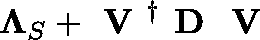
\mathbf { \Lambda } _ { S } + \textbf { V } ^ { \dagger } \textbf { D } \textbf { V }